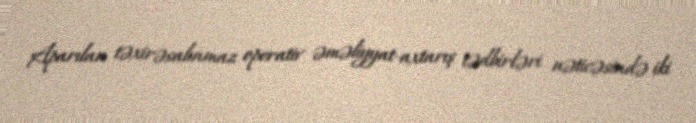
Aparılan təxirəsalınmaz operativ əməliyyat-axtarış tədbirləri nəticəsində iki